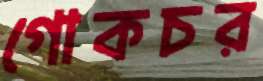
গোকচর